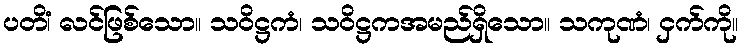
ပတိံ၊ လင်ဖြစ်သော။ သဝိဋ္ဌကံ၊ သဝိဋ္ဌကအမည်ရှိသော။ သကုဏံ၊ ငှက်ကို။